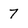
Character: 7